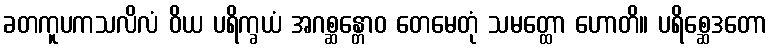
ခတကူပကသလိလံ ဝိယ ပရိက္ခယံ အဂစ္ဆန္တောဝ တေမေတုံ သမတ္ထော ဟောတိ။ ပရိစ္ဆေဒတော